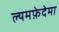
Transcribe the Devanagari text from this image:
ल्यमफ़ेदेमा